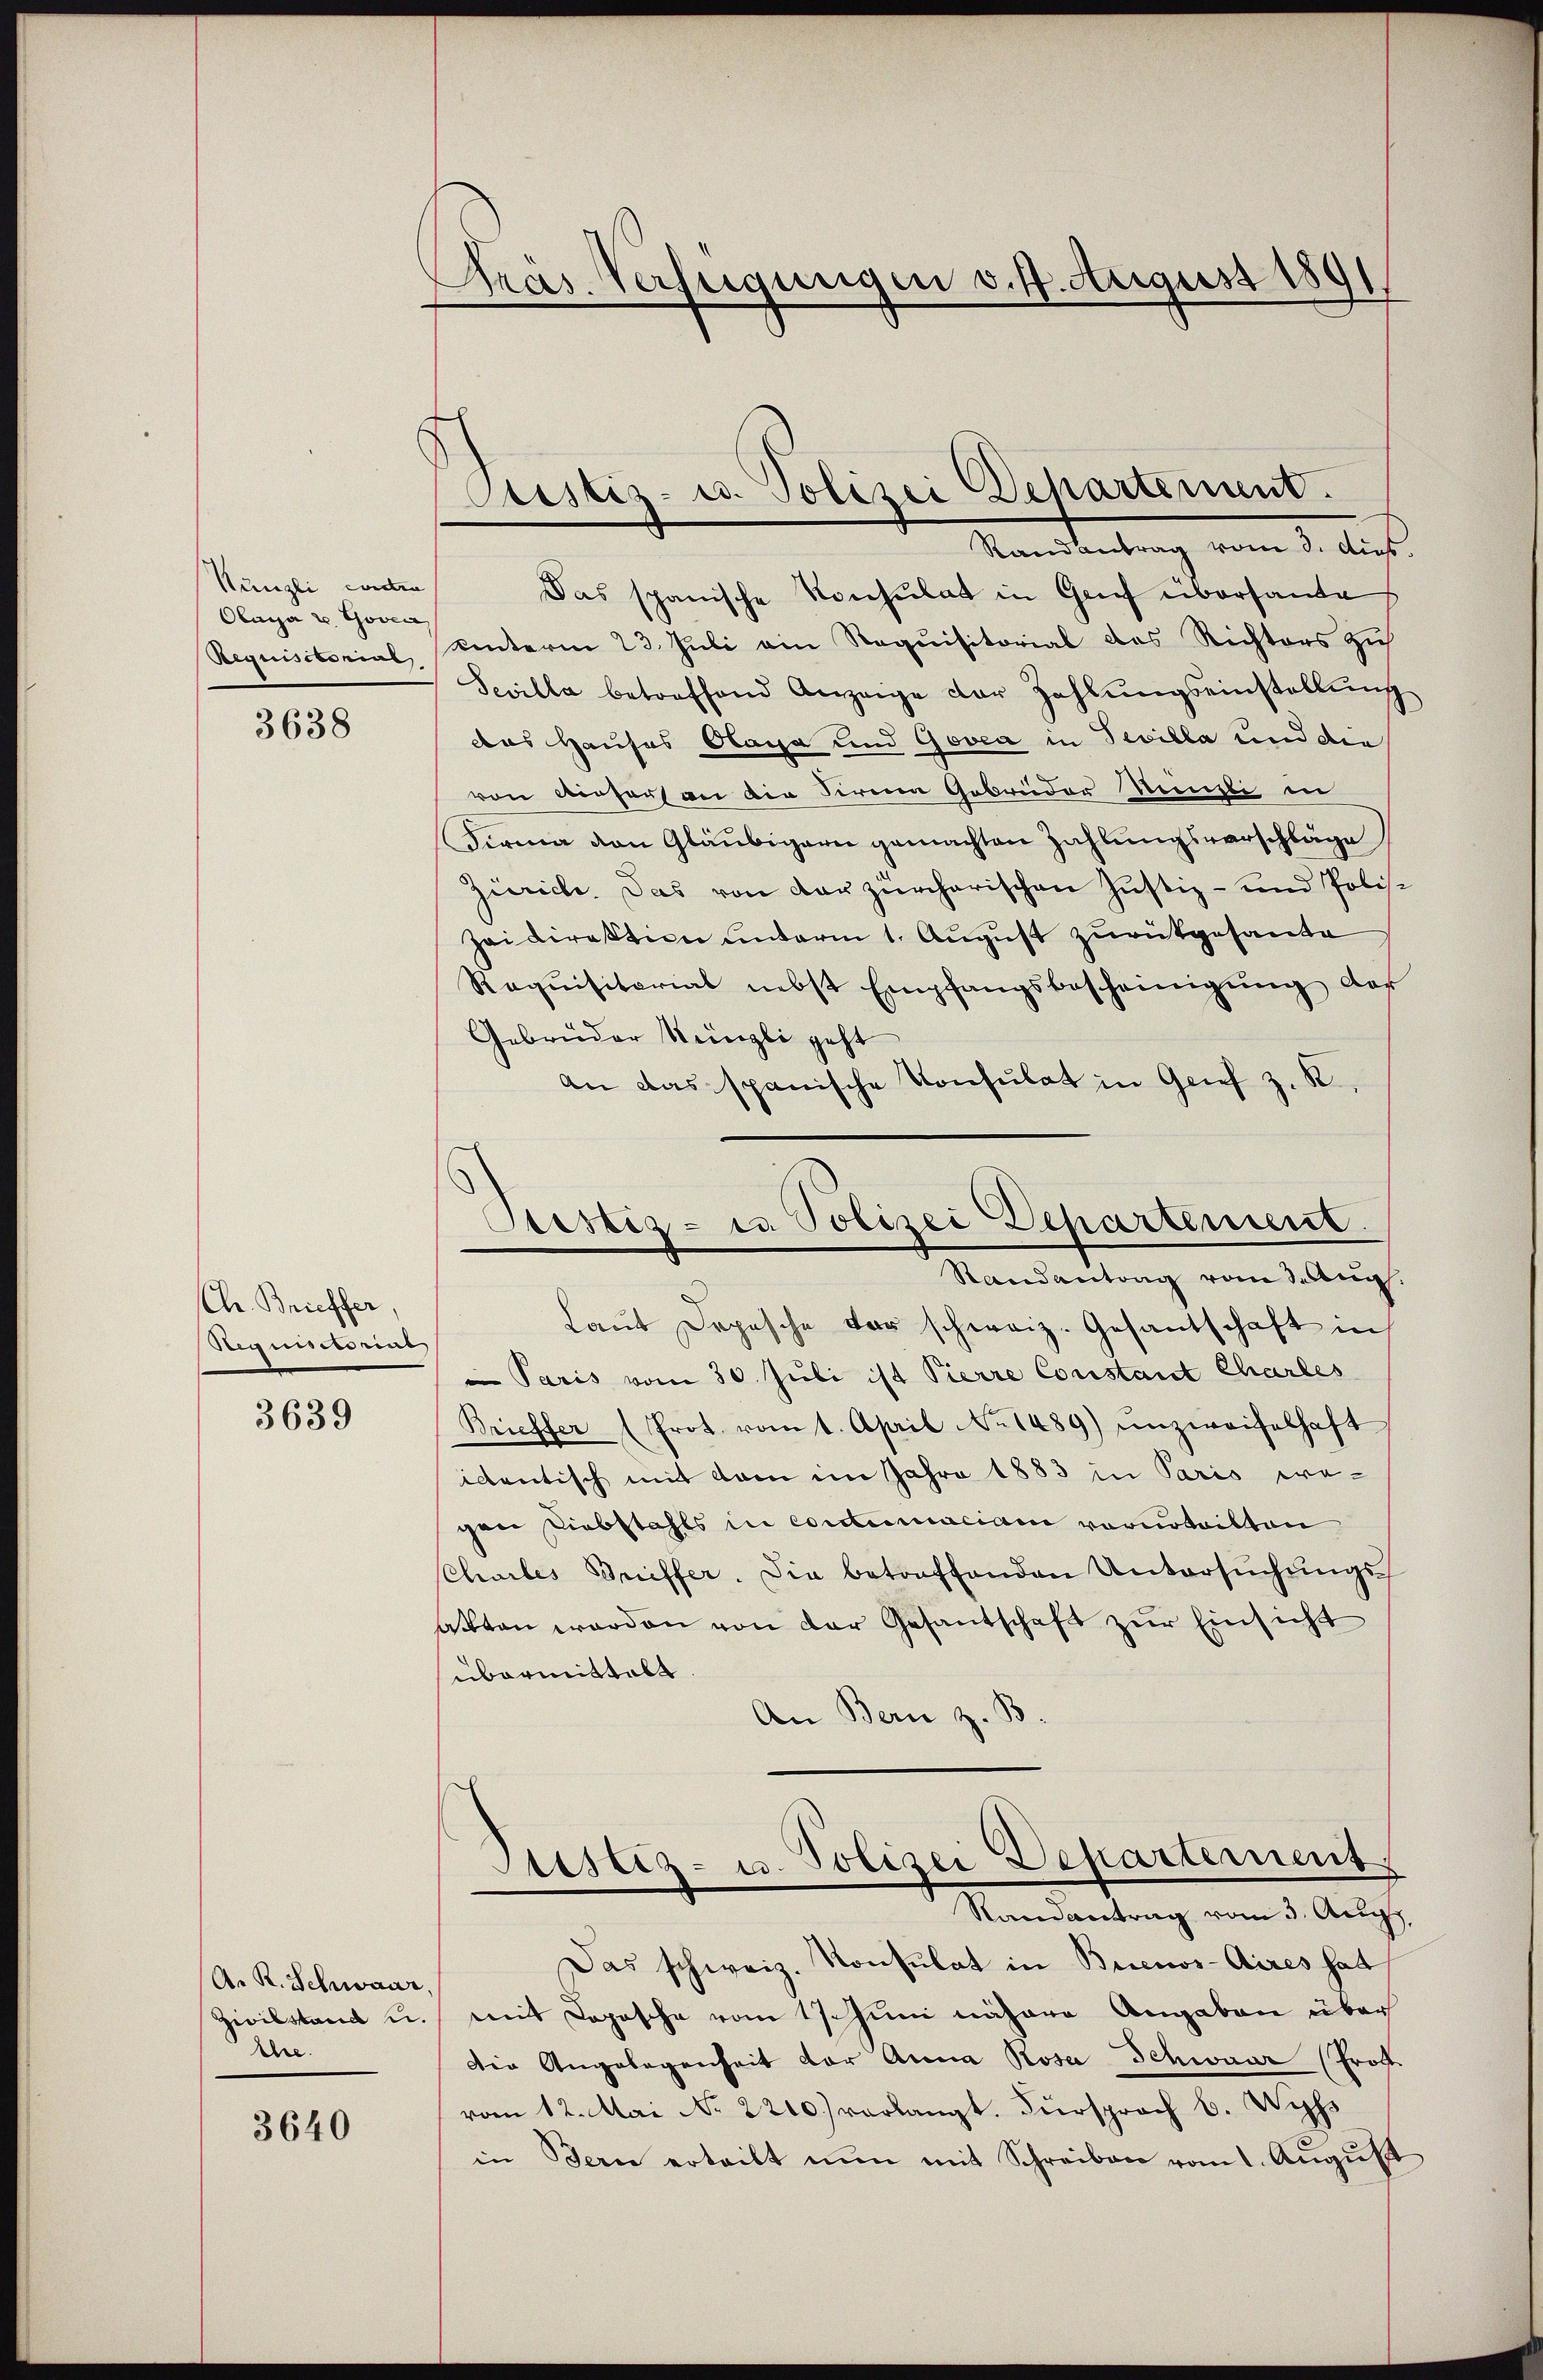
Künzli conder
Obara v. Goven
Requisitorial

3638

Ch. Brieffer,
Requisitorius

3639

A. R. Schwaar
Zivilstand u.
Ehe.

3640

Präs. Verfügungen v. 4. August 1891

ustiz- u. Polizei Departement.

ustiz- u. Polizei Departement.
Randantrag vom Aug.

Randantrag vom 3. dies
Das spanische Konsulat in Gruf übersante
unterm 23. Juli ein Requisitorial das Richters zus
Sevilla betreffend Anzeige der Zahlŭngseinstellŭng
das Hauses Gaya und Govea in Sevilla und der
von diesers an die Fernen Gebrüder Menzli in
Firma von Gläubigern gemachten Zahlungsverschläge
Zürich. Das von der zürcherischen Justiz- und Polis¬
Zei Direktion unterm 1. August zurückgesante
Requisitariat nebst Empfangsbescheinigŭng der
Gebrüder Reingli geht
An das spanische Konsulat in Grief z. R.,
Laŭt Depesche vor schweiz. Gesantschaft in
Paris vom 30. Juli ist Pierre Constant Charles
Brieffer (Prot. vom 1. April No 1489) ŭnzweifelhaft
identisch mit dem im Jahre 1883 in Paris era-
gen Liebstahls in contumaciam vorurteilten
chailes Brieffer. Die betreffenden Untersŭchŭngs-
aktten werden von der Gesantschaft zur Einsicht
übermittelt
An Bern z. B.
Sistiz- u. Polizei Departement
Randantrag vom 3. Augs,
Das schweiz. Konsulat in Buenos-Aires hat
mit Copische vom 17. Juni nähere Angaben über
Die Angelegenheit der Anna Rosa Schwaar (Prot
vom 12. Mai No 2200.) verlangt. Fürsprach b. Wyss
in Jern erteilt nŭn mit Schreiben vom 1. Aŭgŭst